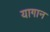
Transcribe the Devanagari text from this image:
यागान